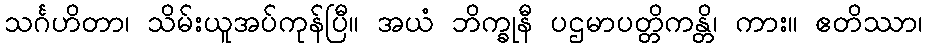
သင်္ဂဟိတာ၊ သိမ်းယူအပ်ကုန်ပြီ။ အယံ ဘိက္ခုနီ ပဌမာပတ္တိကန္တိ၊ ကား။ ဧတိဿာ၊